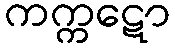
ကက္ကဋော